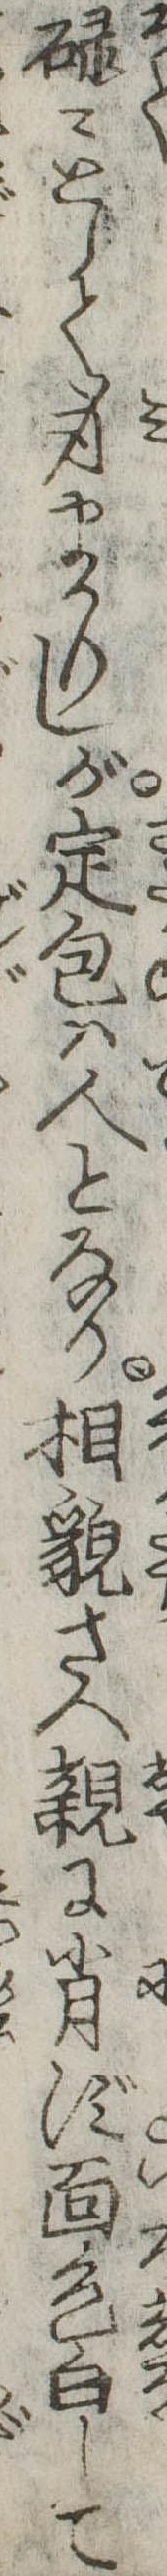
碌々として身まかりしが定包は人となり相貌さへ親に肖ず面色白して